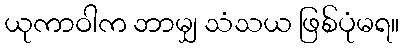
ယုကာဝါက ဘာမျှ သံသယ ဖြစ်ပုံမရ။